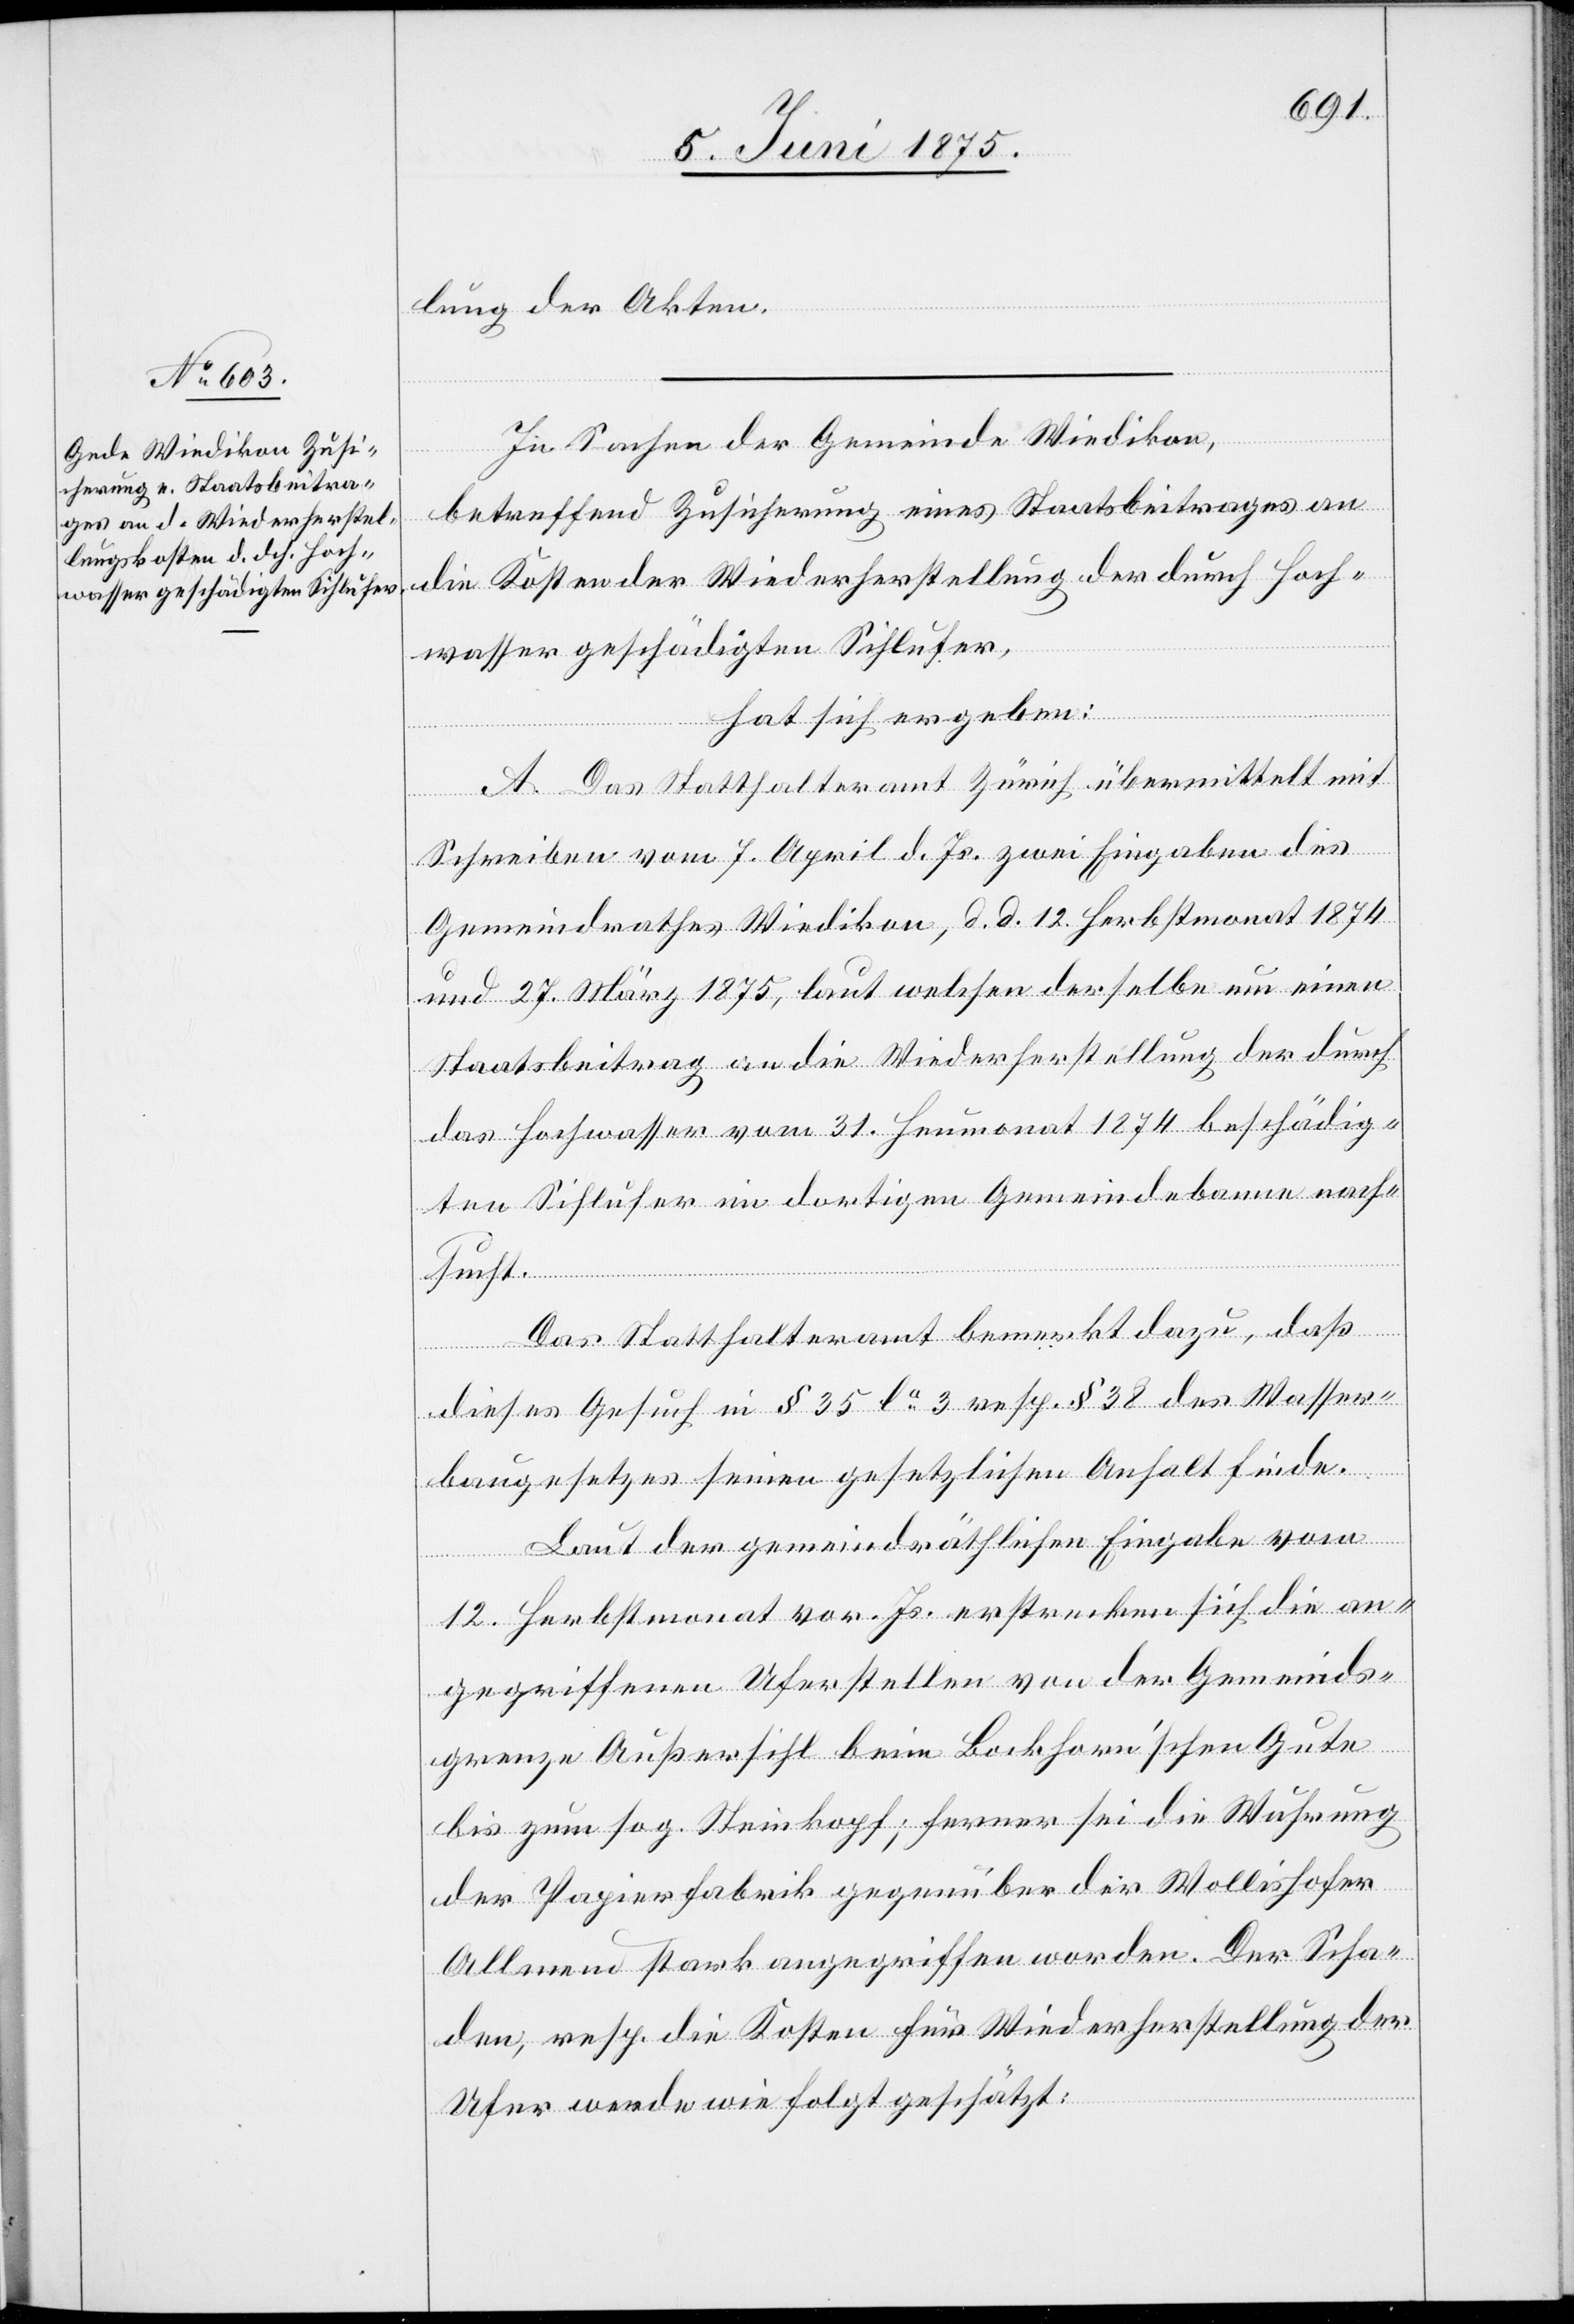
wasser geschädigten Sihlufer,

lung der Akten.
In Sachen der Gemeinde Wiedikon,
betreffend Zusicherung eines Staatsbeitrages an
die Kosten der Wiederherstellung der durch Hoch¬
hat sich ergeben:
A. Das Statthalteramt Zürich übermittelt mit
Schreiben vom 7. April d. Js. zwei Eingaben des
Gemeindrathes Wiedikon, d. d. 12. Herbstmonat 1874
und 27. März 1875, laut welcher derselbe um einen
Staatsbeitrag an die Wiederherstellung der durch
das Hochwasser vom 31. Heumonat 1874 beschädig¬
ten Sihlufer im dortigen Gemeindebann nach¬
sucht.
Das Statthalteramt bemerkt dazu, daß
dieses Gesuch in § 35 la 3 resp. § 38 des Wasser¬
baugesetzes seinen gesetzlichen Anhalt finde.
Laut der gemeindräthlichen Eingabe vom
12. Herbstmonat vor. Js. erstrecken sich die an¬
gegriffenen Uferstellen von der Gemeinds¬
grenze Außersihl beim Bockhorn’schen Gute
bis zum sog. Steinkopf; ferner sei die Wuhrung
der Papierfabrik gegenüber der Wollishofer
Allmend stark angegriffen worden. Der Scha¬
den, resp. die Kosten für Wiederherstellung der
Ufer werde wie folgt geschätzt: